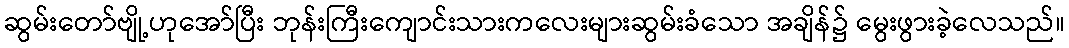
ဆွမ်းတော်ဗျို့ဟုအော်ပြီး ဘုန်းကြီးကျောင်းသားကလေးများဆွမ်းခံသော အချိန်၌ မွေးဖွားခဲ့လေသည်။